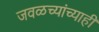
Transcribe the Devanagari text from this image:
जवळच्यांच्याही